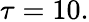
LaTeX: \tau=10.